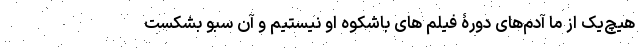
هیچ‌یک از ما آدم‌های دورۀ فیلم های باشکوه او نیستیم و آن سبو بشکست